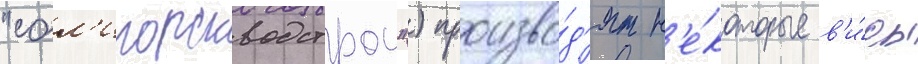
"сол'игорскводстрои") произво́д'ят н'е́которые в'и́ды